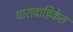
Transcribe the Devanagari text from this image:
धारावाहिकेत